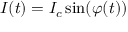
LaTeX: I ( t ) = I _ { c } \sin ( \varphi ( t ) )